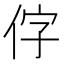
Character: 𪜸